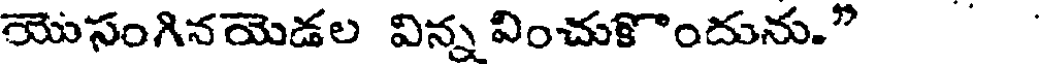
యొసంగినయెడల విన్న వించుకొందును."